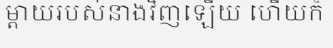
ម្តាយរបស់នាងវិញឡើយ ហើយក៏